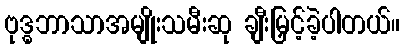
ဗုဒ္ဓဘာသာအမျိုးသမီးဆု ချီးမြှင့်ခဲ့ပါတယ်။